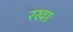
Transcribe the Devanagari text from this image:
रखाः